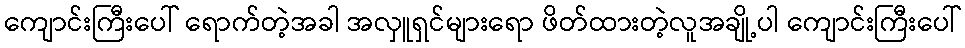
ကျောင်းကြီးပေါ် ရောက်တဲ့အခါ အလှူရှင်များရော ဖိတ်ထားတဲ့လူအချို့ပါ ကျောင်းကြီးပေါ်